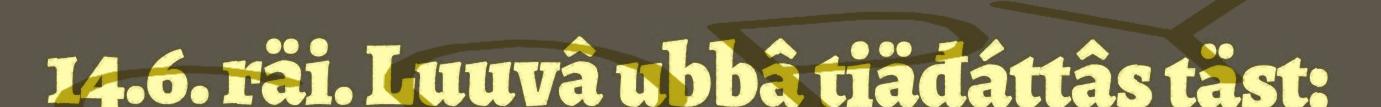
14.6. räi. Luuvâ ubbâ tiäđáttâs täst: